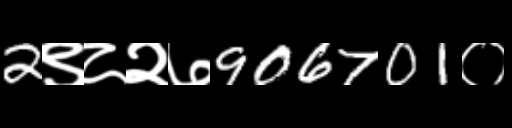
Text: 2९८२७906701०